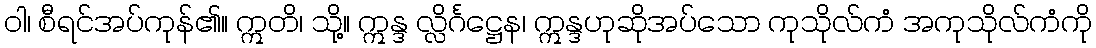
ဝါ၊ စီရင်အပ်ကုန်၏။ ဣတိ၊ သို့။ ဣန္ဒ လ္လိင်္ဂဋ္ဌေန၊ ဣန္ဒဟုဆိုအပ်သော ကုသိုလ်ကံ အကုသိုလ်ကံကို